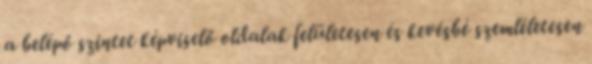
a belépő szintet képviselő oldalak felületesen és kevésbé szemléletesen